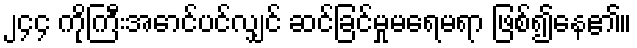
၂၄၄ ကိုကြီးအောင်ပင်လျှင် ဆင်ခြင်မှုမရေမရာ ဖြစ်၍နေ၏။